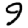
Digit: 9